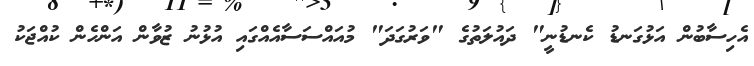
އެހިސާބުން އަޅުގަނޑު ކެނޑުނީ" ދައުލަތުގެ "ވަރުގަދަ" މުއައްސަސާއެއްގައި އުޅުނު ޒުވާން އަންހެން ކުއްޖަކު